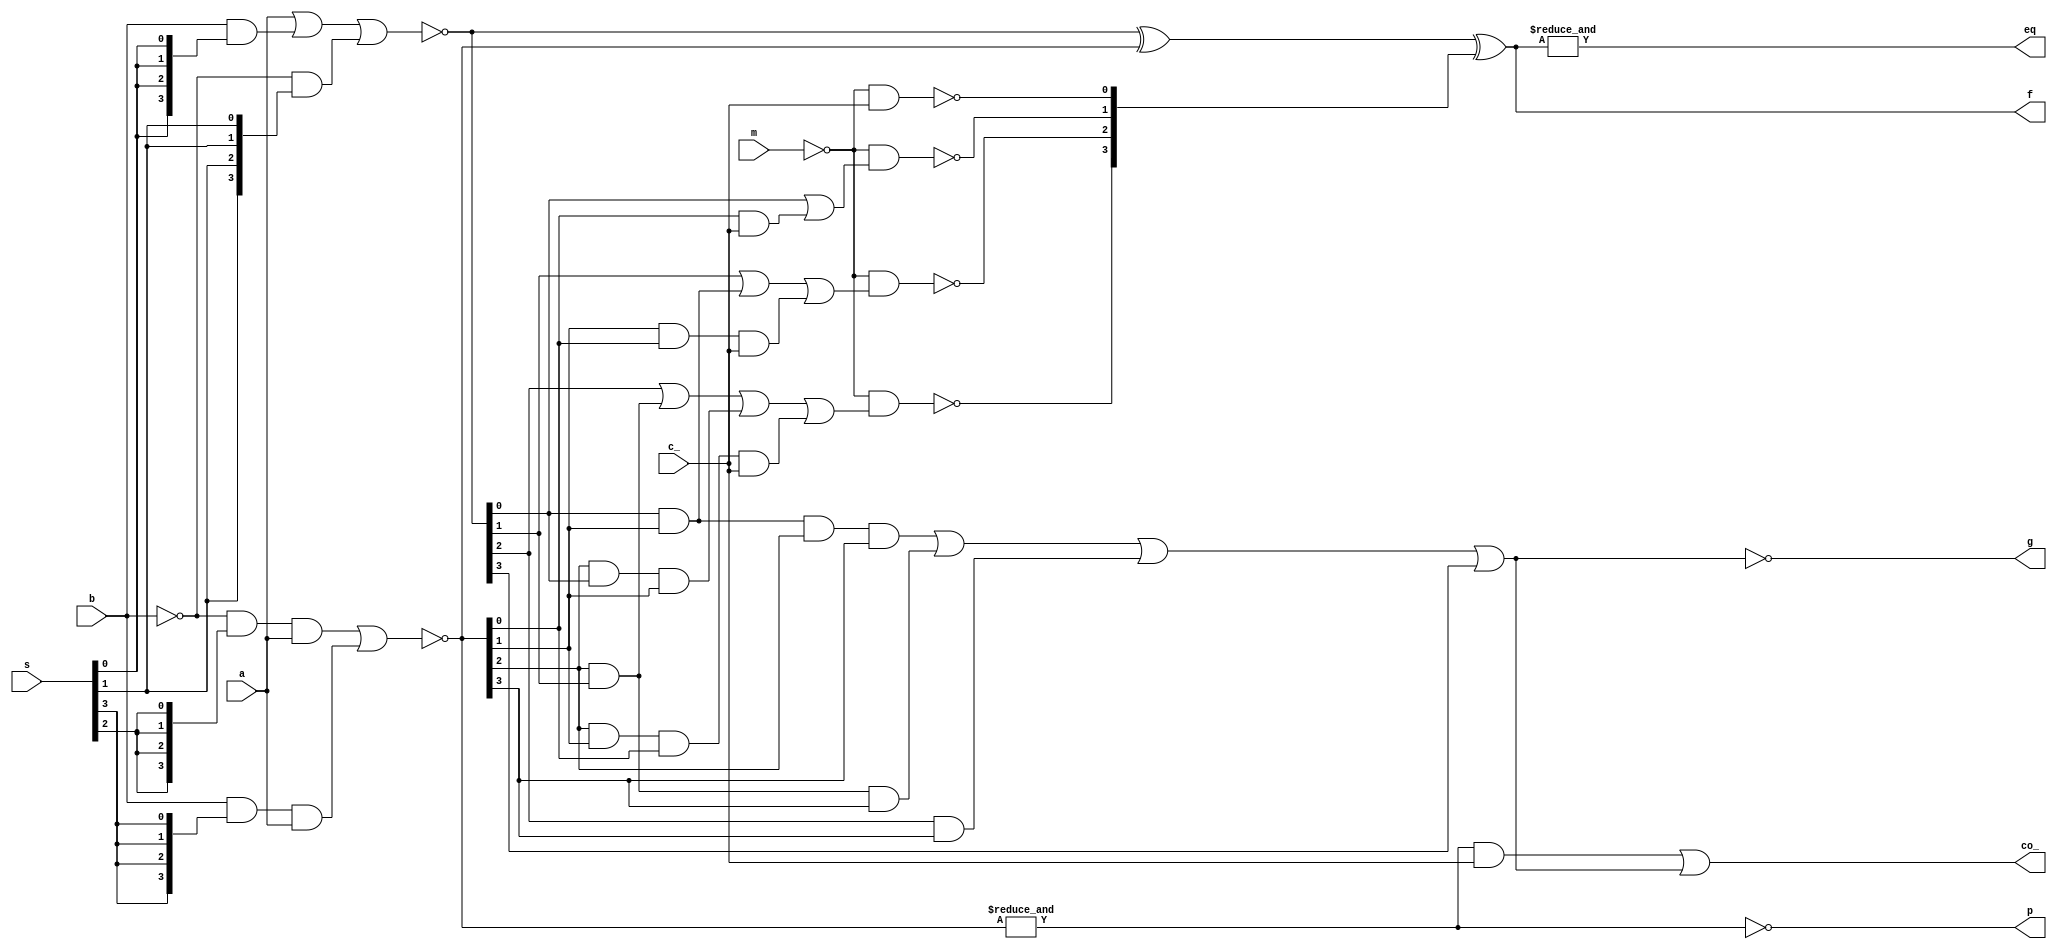
//	74181 4-bit ALU

module alu181(
	input [3:0] a, b,
	input m,
	input c_,
	input [3:0] s,
	output [3:0] f,
	output g, p,
	output co_,
	output eq
);

	wire [3:0] s0 = {4{s[0]}};
	wire [3:0] s1 = {4{s[1]}};
	wire [3:0] s2 = {4{s[2]}};
	wire [3:0] s3 = {4{s[3]}};

	wire [3:0] u = ~((a) | (b & s0) | (~b & s1)); // 3 ands
	wire [3:0] v = ~((~b & s2 & a) | (b & s3 & a)); // 2 ands
	wire [3:0] w = u ^ v;

	wire [3:0] z;
	assign z[0] = ~(~m &                                                                        c_);
	assign z[1] = ~(~m & ((u[0]) |                                                      (v[0] & c_)));
	assign z[2] = ~(~m & ((u[1]) |                        (u[0] & v[1]) |        (v[1] & v[0] & c_)));
	assign z[3] = ~(~m & ((u[2]) | (v[2] & u[1]) | (v[2] & u[0] & v[1]) | (v[2] & v[1] & v[0] & c_)));

	assign g = ~((u[0] & v[1] & v[2] & v[3]) | (u[1] & v[2] & v[3]) | (u[2] & v[3]) | (u[3]));

	assign p = ~(&v);
	wire g2 = ~(&v & c_);

	assign co_ = ~g2 | ~g;
	assign f = w ^ z;
	assign eq = &f;

endmodule

// vim: tabstop=2 shiftwidth=2 autoindent noexpandtab